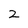
Character: 2